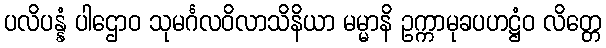
ပလိပန္နံ ပါဌောဝ သုမင်္ဂလဝိလာသိနိယာ မမ္မာနိ ဥက္ကာမုခပဟဋ္ဌံဝ လိတ္တေ